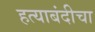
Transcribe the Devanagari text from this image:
हत्याबंदीचा